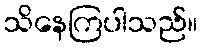
သိနေကြပါသည်။